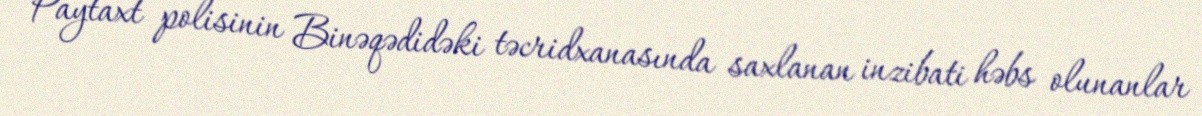
Paytaxt polisinin Binəqədidəki təcridxanasında saxlanan inzibati həbs olunanlar